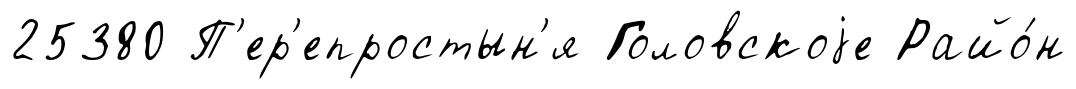
25380 П'ер'епростын'я Головскоjе Райо́н